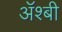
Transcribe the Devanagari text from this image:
ॲश्बी